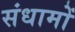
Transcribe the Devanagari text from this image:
संधामों